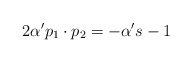
\begin{align*}2\alpha^{\prime}p_{1}\cdot p_{2}=-\alpha^{\prime}s-1\end{align*}